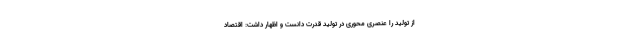
از تولید را عنصری محوری در تولید قدرت دانست و اظهار داشت: اقتصاد